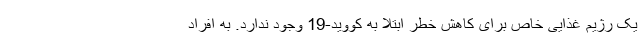
یک رژیم غذایی خاص برای کاهش خطر ابتلا به کووید-19 وجود ندارد. به افراد